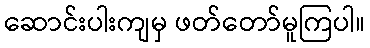
ဆောင်းပါးကျမှ ဖတ်တော်မူကြပါ။